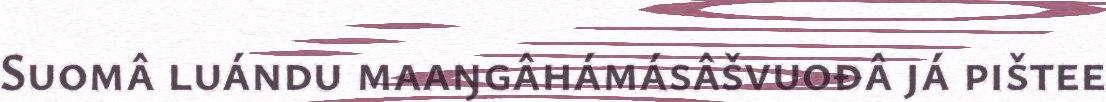
Suomâ luándu maaŋgâhámásâšvuođâ já pištee